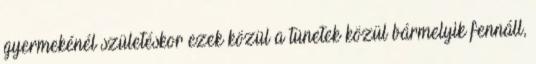
gyermekénél születéskor ezek közül a tünetek közül bármelyik fennáll,